Annual report on the mental hospital in the Central Provinces and Berar (Nagpur) - 1927-1951
Year: 1927
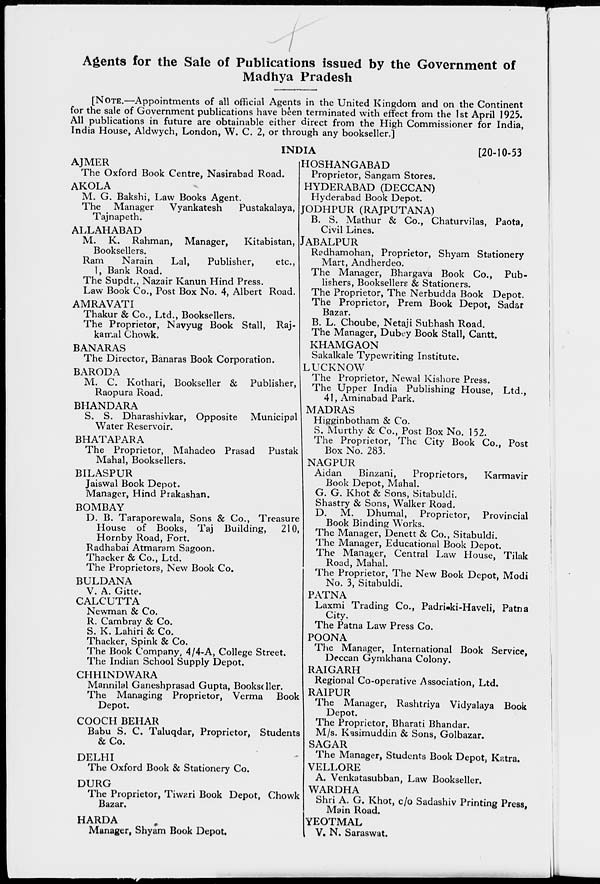
p
Agents for the Sale of Publications issued by the Government of
Madhya Pradesh
[NOTE.—Appointments of all official Agents in the United Kingdom and on the Continent
for the sale of Government publications have been terminated with effect from the 1st April 1925.
All publications in future are obtainable either direct from the High Commissioner for India,
India House, Aldwych, London, W. C. 2, or through any bookseller.]
AJMER
The Oxford Book Centre, Nasirabad Road.
AKOLA
M. G. Bakshi, Law Books Agent.
The Manager
Vyankatesh
Pustakalaya,
Tajnapeth.
ALLAHABAD
M. K. Rahman, Manager,
Kitabistan,
Booksellers.
Ram
Narain
Lai,
Publisher,
etc.,
1, Bank Road.
The Supdt., Nazair Kanun Hind Press.
Law Book Co., Post Box No. 4, Albert Road.
AMRAVATI
Thakur & Co., Ltd., Booksellers.
The Proprietor, Navyug Book Stall, Raj-
kamal Chowk.
BANARAS
The Director, Banaras Book Corporation.
BARODA
M. C. Kothari, Bookseller & Publisher,
Raopura Road.
BHANDARA
S. S. Dharashivkar, Opposite Municipal
Water Reservoir.
BHATAPARA
The Proprietor, Mahadeo Prasad Pustak
Mahal, Booksellers.
BILASPUR
Jaiswal Book Depot.
Manager, Hind Prakashan.
BOMBAY
D. B. Taraporewala, Sons & Co., Treasure
House of Books, Taj Building,
210,
Hornby Road, Fort.
Radhabai Atmaram Sagoon.
Thacker & Co., Ltd.
The Proprietors, New Book Co.
BULDANA
V. A. Gitte.
CALCUTTA
Newman & Co.
R. Cambray & Co.
S. K. Lahiri & Co.
Thacker, Spink & Co.
The Book Company, 4/4-A, College Street.
The Indian School Supply Depot.
CHHINDWARA
Mannilal Ganeshprasad Gupta, Bookseller.
The Managing Proprietor, Verma Book
Depot.
COOCH BEHAR
Babu S. C. Taluqdar, Proprietor, Students
&Co.
DELHI
The Oxford Book & Stationery Co.
DURG
The Proprietor, Tiwzri Book Depot, Chowk
Bazar.
HARDA
Manager, Shyam Book Depot.
INDIA
[20-10-53
HOSHANGABAD
Proprietor, Sangam Stores.
HYDERABAD (DECCAN)
Hyderabad Book Depot.
JODHPUR (RAJPUTANA)
B. S. Mathur & Co., Chaturvilas, Paota,
Civil Lines.
JABALPUR
Rpdhamohan, Proprietor, Shyam Stationery
Mart, Andherdeo.
The Manager, Bhargava Book Co., Pub-
lishers, Booksellers & Stationers.
The Proprietor, The Nerbudda Book Depot.
The Proprietor, Prem Book Depot, Sadar
Bazar.
B. L. Choube, Netaji Subhash Road.
The Manager, Dubey Book Stall, Cantt.
KHAMGAON
Sakalkale Typewriting Institute.
LUCKNOW
The Proprietor, Newal Kishore Press.
The Upper India Publishing House, Ltd.,
41, Aminabad Park.
MADRAS
Higginbotham & Co.
S. Murthy & Co., Post Box No. 152.
The Proprietor, The City Book Co., Post
Box No. 283.
NAGPUR
Aidan
Binzani,
Proprietors,
Karmavir
Book Depot, Mahal.
G. G. Khot & Sons, Sitabuldi.
Shastry & Sons, Walker Road.
D. M. Dhumal, Proprietor, Provincial
Book Binding Works.
The Manager, Denett & Co., Sitabuldi.
The Manager, Educational Book Depot.
The Manager, Central Law House, Tilak
Road, Mahal.
The Proprietor, The New Book Depot, Modi
No. 3, Sitabuldi.
PATNA
Laxmi Trading Co., Padri.ki-Haveli, Patna
City.
The Patna Law Press Co.
POONA
The Manager, International Book Service,
Deccan Gymkhana Colony.
RAIGARH
Regional Co-operative Association, Ltd.
RAIPUR
The Manager, Rashtriya Vidyalaya Book
Depot.
The Proprietor, Bharati Bhandar.
M/s. Kasimuddin & Sons, Golbazar.
SAGAR
The Manager, Students Book Depot, K?.tra.
VELLORE
A. Venkatasubban, Law Bookseller.
WARDHA
Shri A. G. Khot, c/o Sadashiv Printing Press
Main Road.
YEOTMAL
V. N. Saraswat.